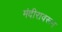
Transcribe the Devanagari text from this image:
मंदीरावरून